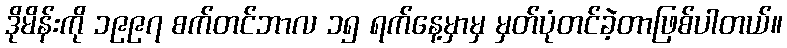
ဒိုမိန်းကို ၁၉၉၇ စက်တင်ဘာလ ၁၅ ရက်နေ့မှာမှ မှတ်ပုံတင်ခဲ့တာဖြစ်ပါတယ်။